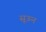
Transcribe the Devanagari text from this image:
सूऊन